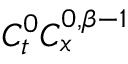
C _ { t } ^ { 0 } C _ { x } ^ { 0 , \beta - 1 }